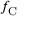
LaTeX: f _ { \mathrm { C } }